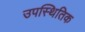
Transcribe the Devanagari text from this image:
उपस्थितिक